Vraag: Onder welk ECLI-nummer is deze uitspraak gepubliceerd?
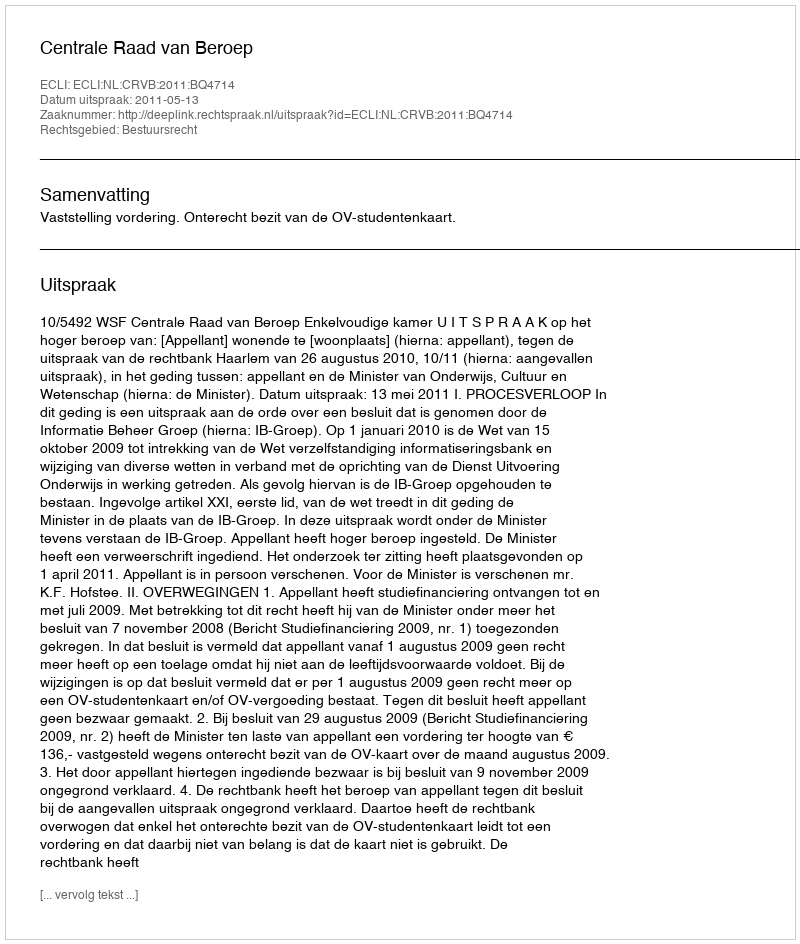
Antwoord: ECLI:NL:CRVB:2011:BQ4714